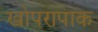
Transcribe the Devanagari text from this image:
खोपरापाक